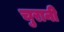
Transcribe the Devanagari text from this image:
चुरानी